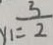
y _ { 1 } = \frac { 3 } { 2 }